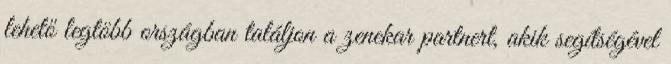
lehető legtöbb országban találjon a zenekar partnert, akik segítségével